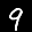
Label: 9